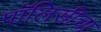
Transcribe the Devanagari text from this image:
पॉलिसीचा